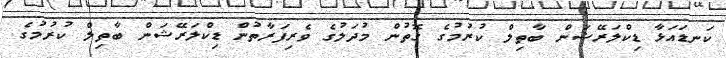
ކަނޑައަޅާ ޑިކްލަރޭޝަން ބާތިލް ކުރުމުގެ ގޮތުން މުދަލުގެ ވެރިފަރާތުން ޑިކްލަރޭޝަން ބާތިލް ކުރުމުގެ